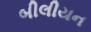
બીલીયન